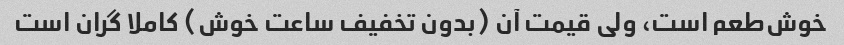
خوش‌طعم است، ولی قیمت آن (بدون تخفیف ساعت خوش) کاملا گران است